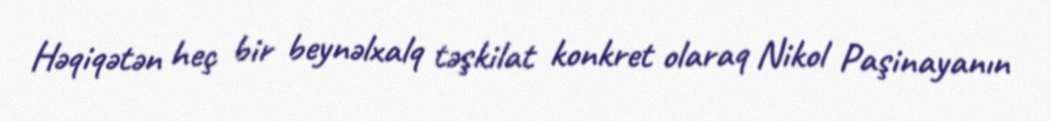
Həqiqətən heç bir beynəlxalq təşkilat konkret olaraq Nikol Paşinayanın